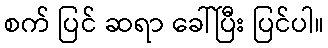
စက် ပြင် ဆရာ ခေါ်ပြီး ပြင်ပါ။